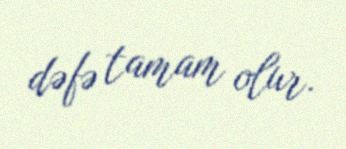
dəfə tamam olur.